Vaccination report Assam 1896-1927 - 1896-1927
Year: 1896
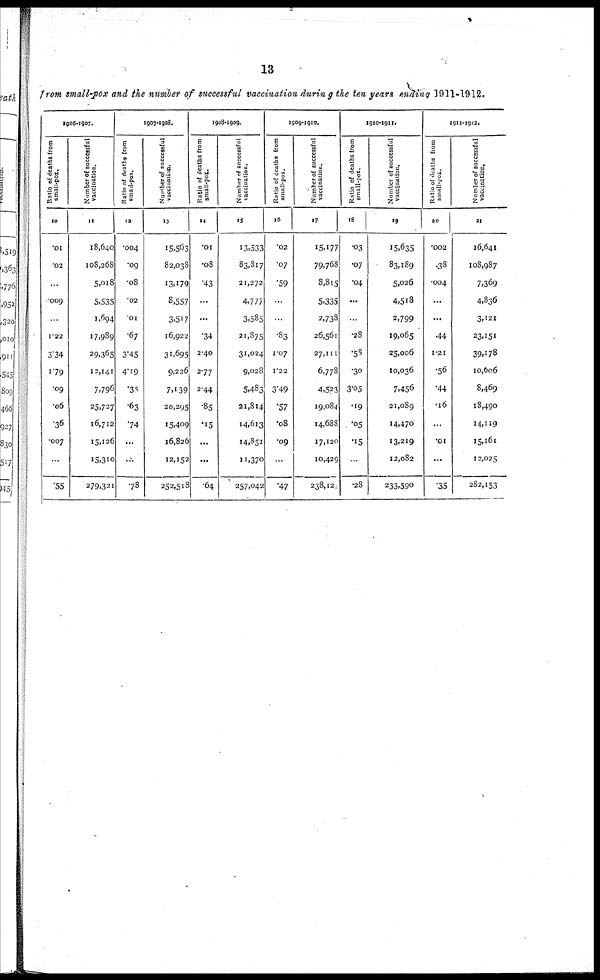
13
from small-pox and the number of successful vaccination during the ten years ending 1911-1912.
1906-1907.
Ratio of deaths from
small-pox.
10
.01
.02
...
009
...
1.22
3.34
1.79
.09
.06
.36
.007
...
.55
Number of successful
vaccination.
11
18,640
108,268
5,0l8
5,535
1,694
17,989
29,365
12,141
7,796
25,737
16,712
15,126
15,310
279,321
1907-1908.
Ratio of deaths from
small-pox.
12
.004
.09
.08
.02
.01
.67
3.45
4.19
.35
.63
.74
...
...
.78
Number of successful
vaccination.
13
15,563
82,038
13,179
3,557
3,517
16,922
31,695
9,226
7,139
20,295
15,409
16,826
12,152
252,518
1908-1909.
Ratio of deaths from
small-pox.
14
.01
.08
.43
...
...
.34
2.40
2.77
2.44
.85
.15
...
...
.64
Number of successful
vaccination.
15
13,533
83,3l7
21,272
4,777
3,585
21,875
31,024
9,028
5,483
21,814
14,613
14,851
11,370
257,042
1909-1910.
Ratio of deaths from
small-pox.
16
.02
.07
.59
...
...
.83
1.07
1.22
3.49
.57
.08
.09
...
.47
Number of successful
vaccination.
17
15,177
79,768
8,815
5,335
2,738
26,561
27,111
6,778
4,523
19,084
14,688
17,120
10,429
238,12
1910-1911.
Ratio of deaths from
small-pox.
18
.03
.07
.04
...
...
.28
.58
.30
3.05
.19
.05
.15
...
.28
Number of successful
vaccination.
19
15,635
83,189
5,026
4,5l8
2,799
19,065
25,006
10,036
7,456
21,089
14,470
13,219
12,082
233,590
1911-1912.
Ratio of deaths from
small-pox.
20
.002
.38
.004
...
...
.44
1.21
.56
.44
.16
...
.01
...
.35
Number of successful
vaccination.
21
16,641
108,987
7,309
4,836
3,121
23,151
39,178
10,606
8,469
18,490
14,119
15,161
12,025
282,153